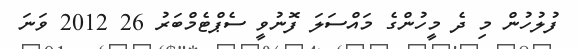
ފުލުހުން މި ދެ މީހުންގެ މައްސަލަ ފޮނުވީ ސެޕްޓެމްބަރު 26 2012 ވަނަ